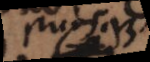
_